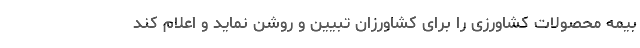
بیمه محصولات کشاورزی را برای کشاورزان تبیین و روشن نماید و اعلام کند